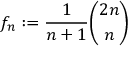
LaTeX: f _ { n } : = { \frac { 1 } { n + 1 } } { \binom { 2 n } { n } }